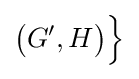
{\Bigl .}{\bigl (}G',H{\bigr )}{\Bigr \}}